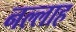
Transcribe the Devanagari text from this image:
नल्‍लाह